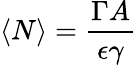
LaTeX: \langle N\rangle=\frac{\Gamma A}{\epsilon\gamma}